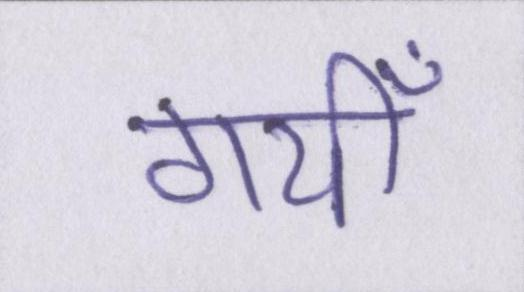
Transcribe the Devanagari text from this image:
गयीँ